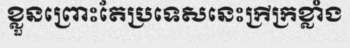
ខ្លួនព្រោះតែប្រទេសនេះក្រីក្រខ្លាំង